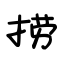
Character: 捞